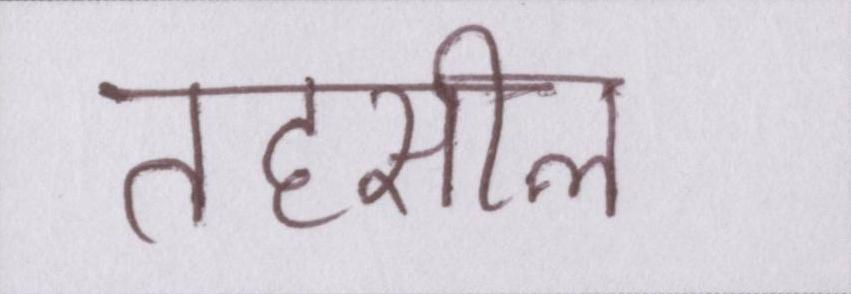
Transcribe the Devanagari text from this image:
तहसील